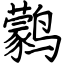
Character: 鹲